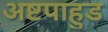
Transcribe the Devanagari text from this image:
अष्टपाहुड